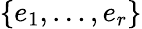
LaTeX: \{ e_{1},\ldots,e_{r}\}